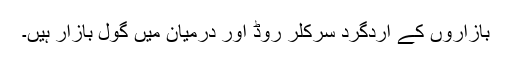
بازاروں کے اِردگرد سرکلر روڈ اور درمیان میں گول بازار ہیں۔